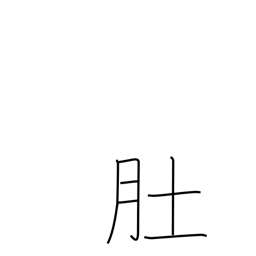
Meaning: stomach